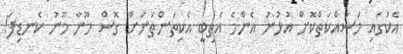
އެކުގައި މަސައްކަތްކޮށް އުޅުނު އެންމެ އެތިބީ އެކިތަންތަނަށް ގޮސް މޫނާ މޫނު ކެނޑިފަ!